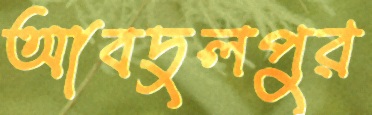
আবদুলপুর